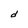
Character: d